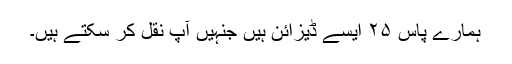
ہمارے پاس ۲۵ ایسے ڈیزائن ہیں جنہیں آپ نقل کر سکتے ہیں۔